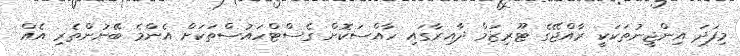
މިފަދަ އިންޖީނުތަކަކީ ރާއްޖޭގެ ޓޫރިޒަމް ދާއިރާގައި ހާއްސަކޮށް ގެސްޓްހައުސްތަކަށް އެންމެ ބޭނުންތެރި އެއް